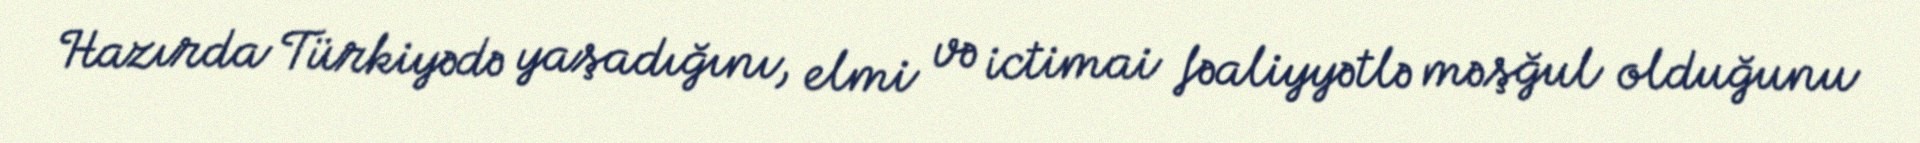
Hazırda Türkiyədə yaşadığını, elmi və ictimai fəaliyyətlə məşğul olduğunu